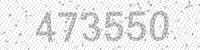
Solution: 473550